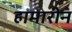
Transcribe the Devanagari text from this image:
हामारीन